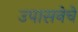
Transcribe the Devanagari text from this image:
उपासनेचे